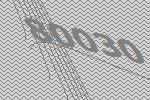
80030